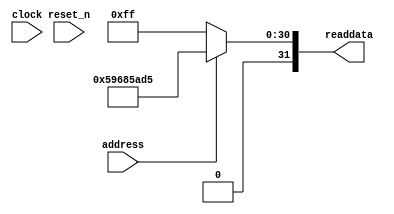
module soc_design_SystemID (
               // inputs:
                address,
                clock,
                reset_n,

               // outputs:
                readdata
             )
;

  output  [ 31: 0] readdata;
  input            address;
  input            clock;
  input            reset_n;

  wire    [ 31: 0] readdata;
  //control_slave, which is an e_avalon_slave
  assign readdata = address ? 1500011221 : 255;

endmodule